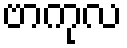
ဗာကုလ